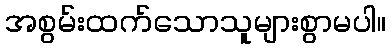
အစွမ်းထက်သောသူများစွာမပါ။